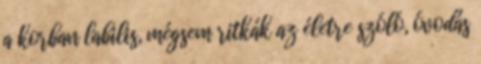
a korban labilis, mégsem ritkák az életre szóló, óvodás